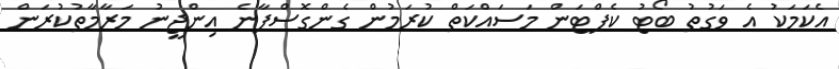
އެކަމަކު އެ ވަގުތު ބޯޓު ކެޕްޓަން މަސައްކަތް ކުރަމުން ގެންގޮސްފާނެ އިންޖީނު މަރާމާތުކުރަން